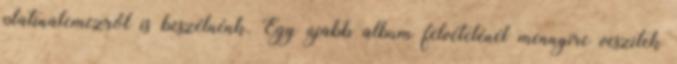
platinalemezről is beszélnénk. Egy újabb album felvételénél mennyire veszitek